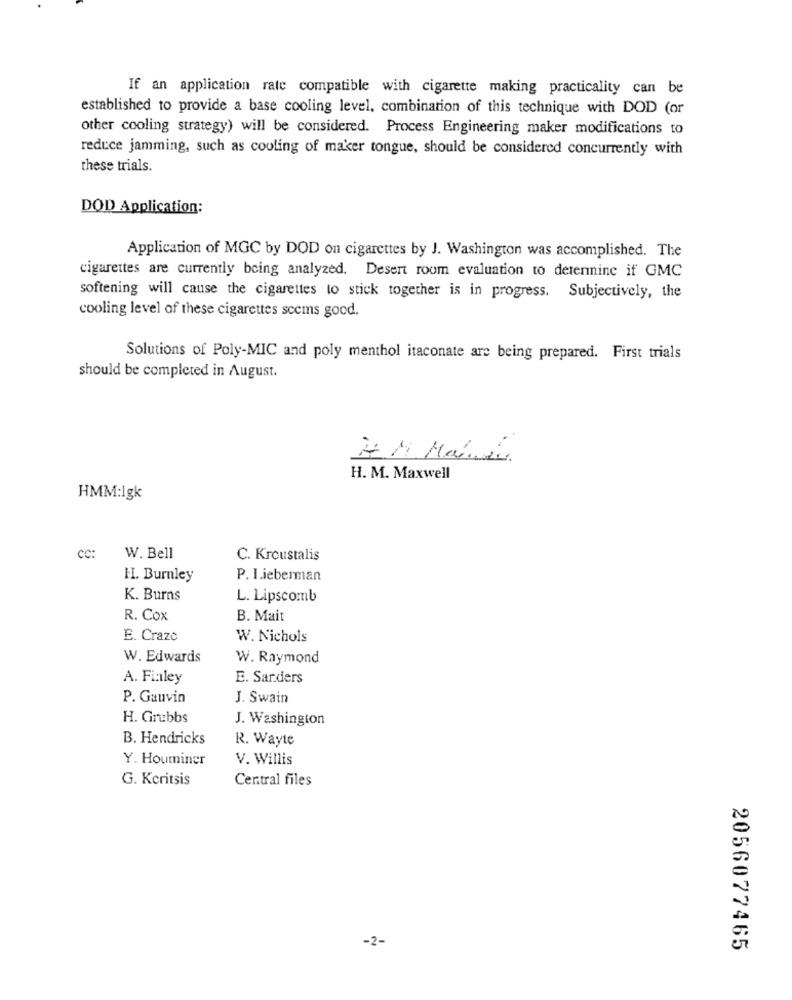
If an application rate compatible with cigarette making practicality can be
established to provide a base cooling level, combination of this technique with DOD (or
other cooling strategy) will be considered. Process Engineering maker modifications to
reduce jamming, such as cooling of maker tongue, should be considered concurrently with
these trials.
DOD Application:
Application of MGC by DOD on cigarettes by J. Washington was accomplished. The
cigarettes are currently being analyzed. Desert room evaluation to determine if GMC
softening will cause the cigarettes to stick together is in progress. Subjectively, the
cooling level of these cigarettes seems good.
Solutions of Poly-MIC and poly menthol itaconate are being prepared. First trials
should be completed in August.
2.M. Mais
H. M. Maxwell
HMM:lgk
CC:
W. Bell
C. Kroustalis
H. Burnley
P. I.ieberman
K. Burns
L. Lipscomb
R. Cox
B. Mait
E. Craze
W. Nichols
W. Edwards
W. Raymond
A. Finley
E. Sarders
P. Gauvin
J. Swain
H. Grubbs
J. Washington
B. Hendricks
R. Wayte
Y. Houminer
V. Willis
G. Kcritsis
Central files
-2-
2056077465